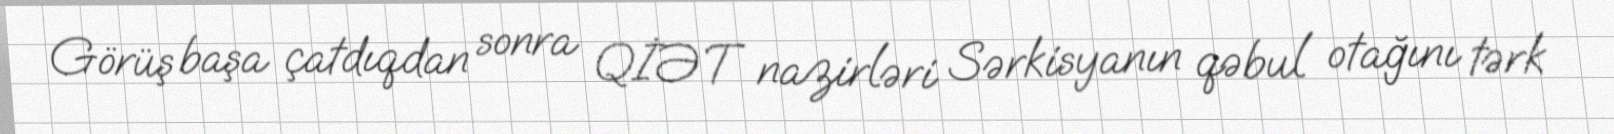
Görüş başa çatdıqdan sonra QİƏT nazirləri Sərkisyanın qəbul otağını tərk